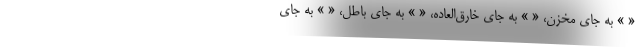
« » به جای مخزن، « » به جای خارق‌العاده، « » به جای باطل، « » به جای